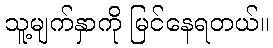
သူ့မျက်နှာကို မြင်နေရတယ်။